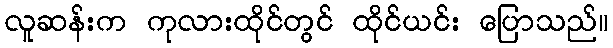
လူဆန်းက ကုလားထိုင်တွင် ထိုင်ယင်း ပြောသည်။